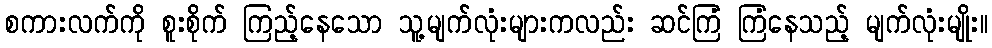
စကားလက်ကို စူးစိုက် ကြည့်နေသော သူ့မျက်လုံးများကလည်း ဆင်ကြံ ကြံနေသည့် မျက်လုံးမျိုး။